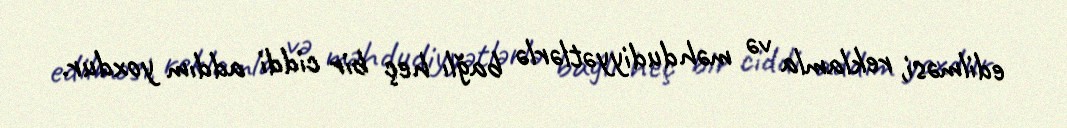
edilməsi, reklamla və məhdudiyyətlərlə bağlı heç bir ciddi addım yoxdur.